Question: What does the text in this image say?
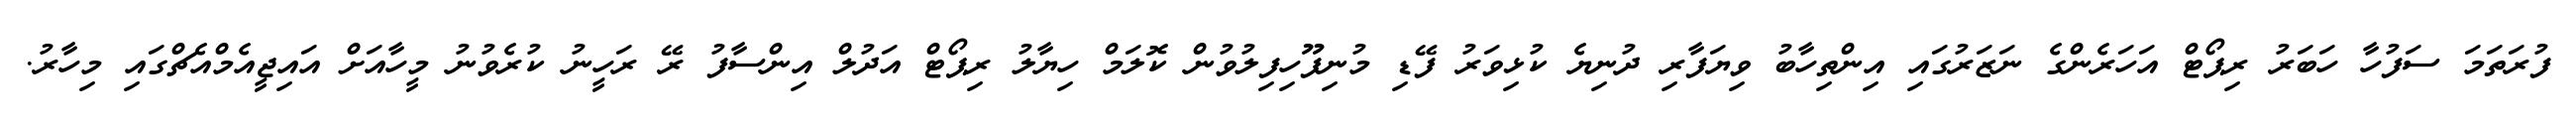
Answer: ފުރަތަމަ ސަފުހާ ހަބަރު ރިޕޯޓް އަހަރެންގެ ނަޒަރުގައި އިންތިހާބު ވިޔަފާރި ދުނިޔެ ކުޅިވަރު ފޭޑި މުނިފޫހިފިލުވުން ކޮލަމް ހިޔާލު ރިޕޯޓް އަދުލް އިންސާފު ރޭ ރަހީނު ކުރެވުނު މީހާއަށް އައިޖީއެމްއެޗްގައި މިހާރު.